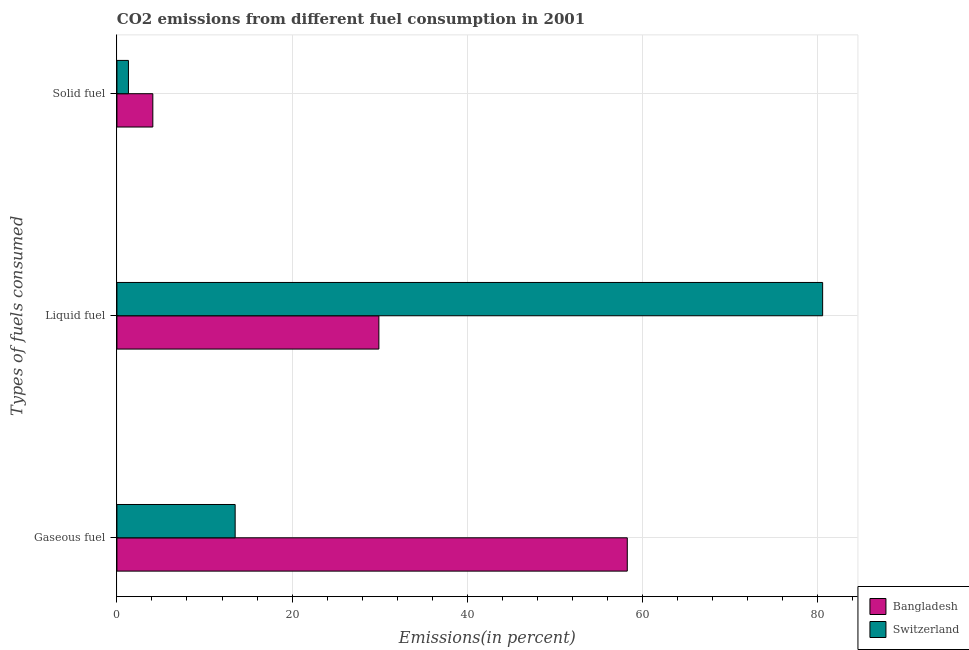
| Types of fuels consumed | Bangladesh | Switzerland |
 | --- | --- | --- |
 | Gaseous fuel | 58.3 | 13.5 |
 | Liquid fuel | 29.9 | 80.6 |
 | Solid fuel | 4.1 | 1.31 |